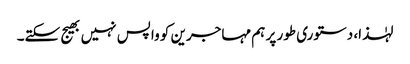
لہٰذا، دستوری طور پر ہم مہاجرین کو واپس نہیں بھیج سکتے۔